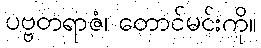
ပဗ္ဗတရာဇံ၊ တောင်မင်းကို။